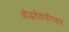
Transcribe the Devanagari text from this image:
बौद्धदेवपरिवार